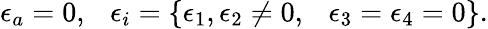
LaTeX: \epsilon_{a}=0,~~~\epsilon_{i}=\{ \epsilon_{1},\epsilon_{2}\not=0,~~~\epsilon_{3}=\epsilon_{4}=0\} .